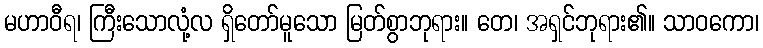
မဟာဝီရ၊ ကြီးသောလုံ့လ ရှိတော်မူသော မြတ်စွာဘုရား။ တေ၊ အရှင်ဘုရား၏။ သာဝကော၊